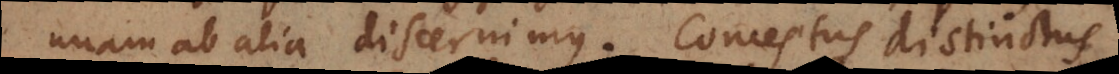
unam ab alia discernimus. Conceptus distinctus